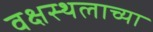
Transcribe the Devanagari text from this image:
वक्षस्थलाच्या